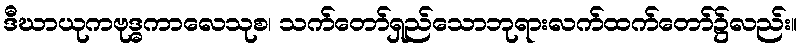
ဒီဃာယုကဗုဒ္ဓကာလေသုစ၊ သက်တော်ရှည်သောဘုရားလက်ထက်တော်၌လည်း။